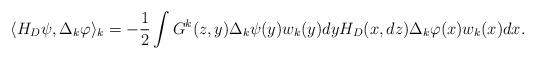
LaTeX: \begin{align*}\langle H_D\psi, \Delta_k\varphi\rangle_k= -\frac12\int G^k(z,y)\Delta_k\psi(y)w_k(y)dyH_D(x,dz)\Delta_k\varphi(x)w_k(x)dx.\end{align*}